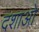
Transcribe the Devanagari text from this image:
दशाओ